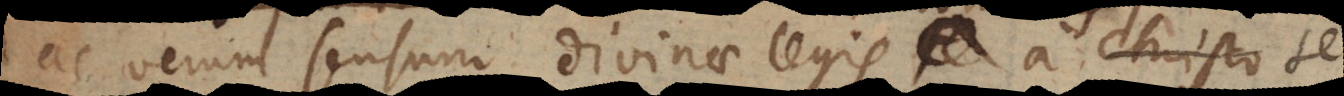
ac verum sensum divinae legis a se